Mental hospitals Bombay report 1921-28 - 1921-1928
Year: 1921
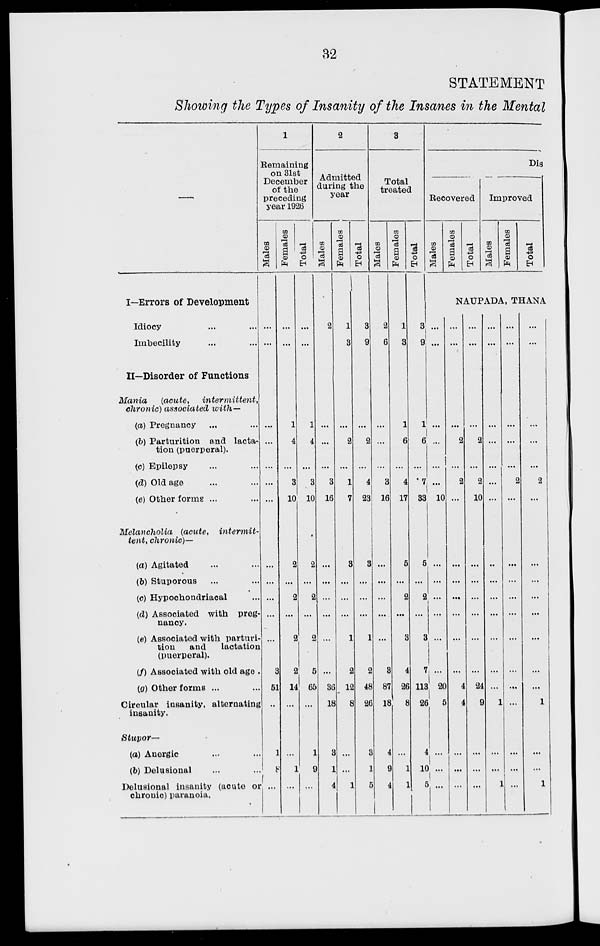
32
STATEMENT
Showing the Types of Insanity of the Insanes in the Mental
—
I—Errors of Development
Idiocy ... ...
Imbecility ... ...
II—Disorder of Functions
Mania
(acute,
intermittent,
chronic) associated with—
(a) Pregnancy ... ...
(b) Parturition and lacta-
tion (puerperal).
(c) Epilepsy ... ...
(d) Old age ... ...
(e) Other forms ... ...
Melancholia (acute,
intermit-
tent, chronic)—
(a) Agitated ... ...
(b) Stuporous ... ...
(c) Hypochondriacal ...
(d) Associated with preg-
nancy.
(e) Associated with parturi-
tion
and lactation
(puerperal).
(f) Associated with old age .
(a) Other forms ... ...
Circular insanity, alternating
insanity.
Stupor—
(a) Anergic ... ...
(b) Delusional ... ...
Delusional insanity (acute or
chronic) paranoia.
1
Remaining
on 31st
December
of the
preceding
year 1926
Males
...
...
...
...
...
...
...
...
...
...
...
...
3
51
...
1
8
...
Females
...
...
1
4
...
3
10
2
...
2
...
2
2
14
...
...
1
...
Total
...
...
1
4
...
3
10
2
...
2
...
2
5
65
...
1
9
...
2
Admitted
during the
year
Males
2
...
...
...
3
16
...
...
...
...
...
...
36
18
3
1
4
Females
1
3
...
2
...
1
7
3
...
...
...
1
2
12
8
...
...
1
Total
3
9
...
2
...
4
23
3
...
...
...
1
2
48
26
3
1
5
3
Total
treated
Males
2
6
...
...
...
3
16
...
...
...
...
...
3
87
18
4
9
4
Females
1
3
1
6
...
4
17
5
...
2
...
3
4
26
8
...
1
1
Total
3
9
1
6
...
7
33
5
...
2
...
3
7
113
26
4
10
5
Dis
Recovered
Males
Females
Total
Improved
Males
Females
Total
NAUPADA, THANA
...
...
...
...
...
...
10
...
...
...
...
...
...
20
5
...
...
...
...
...
...
2
...
2
...
...
...
...
...
...
...
4
4
...
...
...
...
...
...
2
...
2
10
...
...
...
...
...
...
24
9
...
...
...
...
...
...
...
...
...
...
..
...
...
...
...
...
...
1
...
...
1
...
...
...
...
...
2
...
...
...
...
...
...
...
...
...
...
...
...
...
...
...
...
...
2
...
...
...
...
...
...
...
...
1
...
...
1